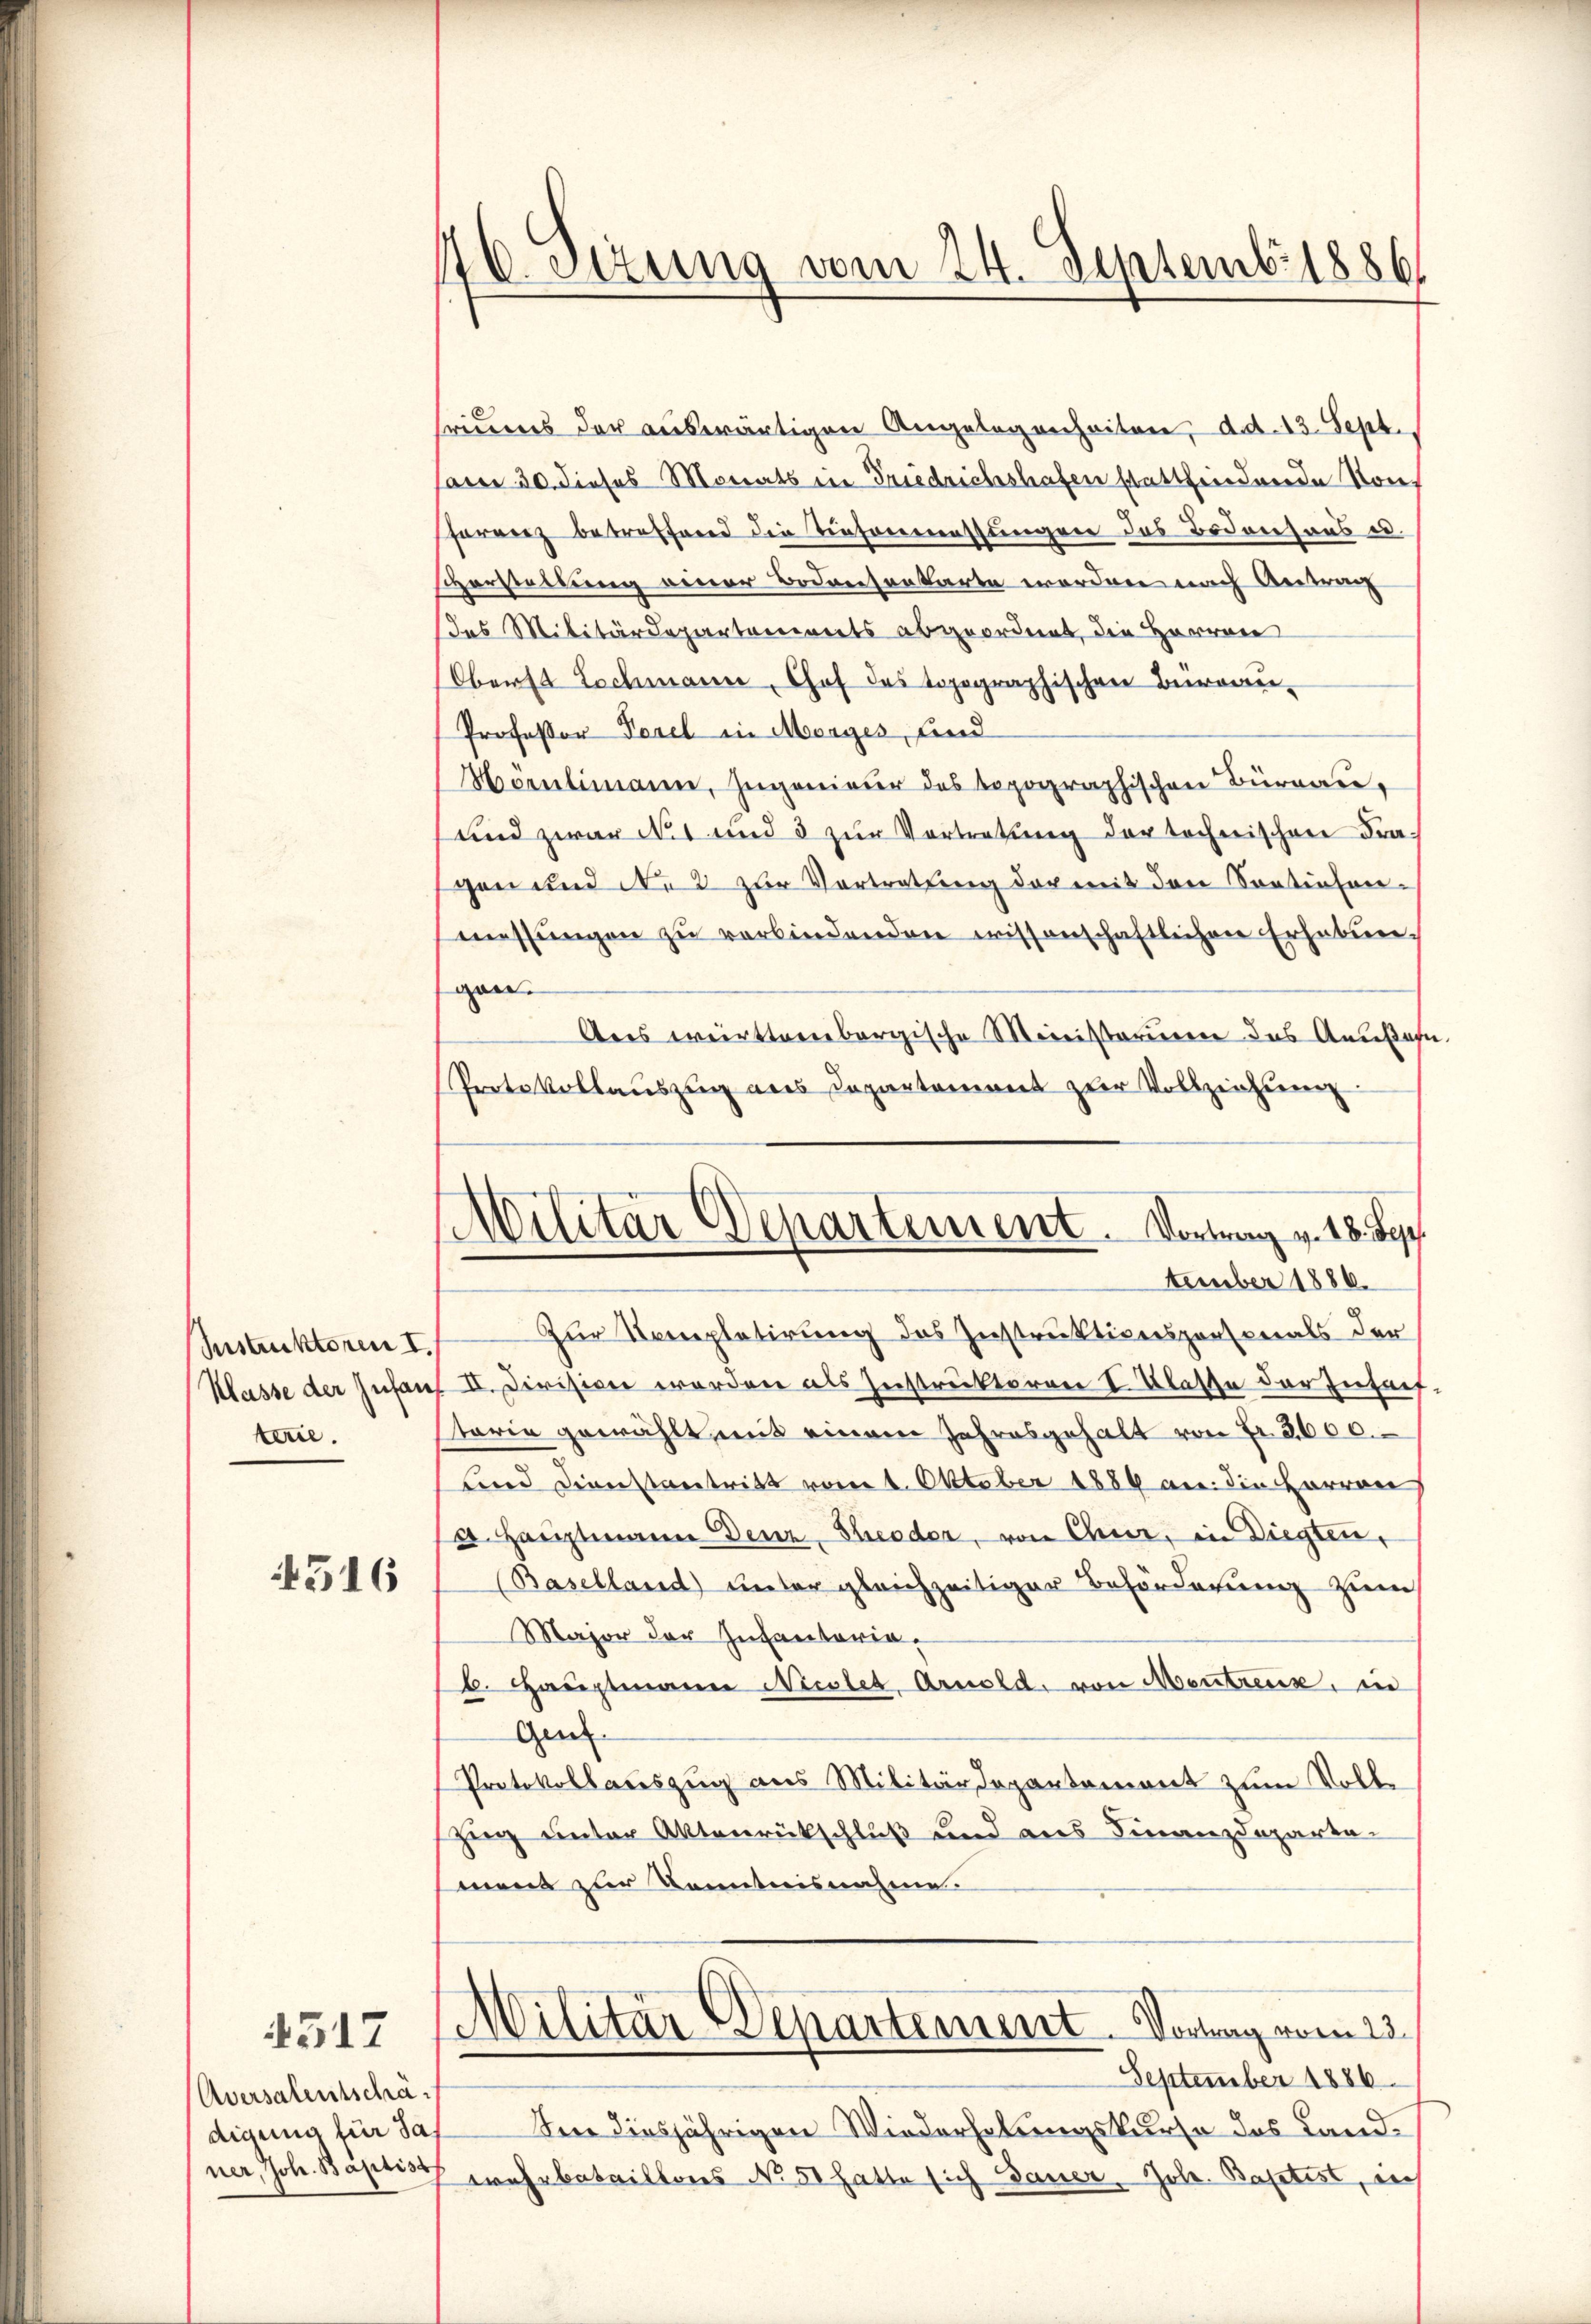
Instruktoren I.
Klasse der Zufan
terie.

4516

Aversalentschädigung für da
ner, Joh. Baptist

4517

16. Jezung vom 24. Septemb. 1886

riums der auswärtigen Angelegenheiten, dat. 13. Sept.,
Cam 30. dieses Monats in Friedrichshafen stattfindende von
harrenz betreffend die Tintermassungen das Bedensaus u.
svorstellung einer Bedreesentarte morden nach Antrag
das Militärdepartenwerts abgeordnet, die Herren
Oberst Lochmann, Chof des topographischen Büreau-
Professor Porel in Morges, sind
Horulimann, Zugenieur des topographischen Büreau,
und zwar No 1 und 3 zur Vortretung der technischen Fra
gen und die 2 zur Vortretung der mit den Sortiosen-
messŭngen zŭ verbindenden wissenschaftlichen Erhebun-
gen.
Aers württembergische Meinisterieren das Andesah
Protokollauszug aus Departement zur Vollziehung
Zur Nompletirung des Instruktiverspersonals der
II. Division worden als Instruktoren Klasse der Zufaef
staria gewählt mit einem Jahresgehalt von Fr. 2600.
Lind Dienstantritt vom 1. Oktober 1884 an: die Herren
a. Hauptmann Genz, Seeder, von Chur, in Liegten,
Baselland unter gleichzeitiger Beförderung zum
Major der Infantaria,
b. Haŭptmann Nieslet, Arnold, von Mentreux, in
Gen.
Protokollauszug aus Militärdepartement zum Volle
Zug unter Aktenrückschluß und aus Finanzdeparta-
mens zur Kenntnisnahme.
Militär Departement. Vortrag vom 13.
September 1886
Were diesjährigen Wiederholungskurso das Landwahrbataillons No 51 hatte sich dauer, Joh. Baptist, auch

Militär Departement. Vortrag v. 18. Sep
tember 1886.